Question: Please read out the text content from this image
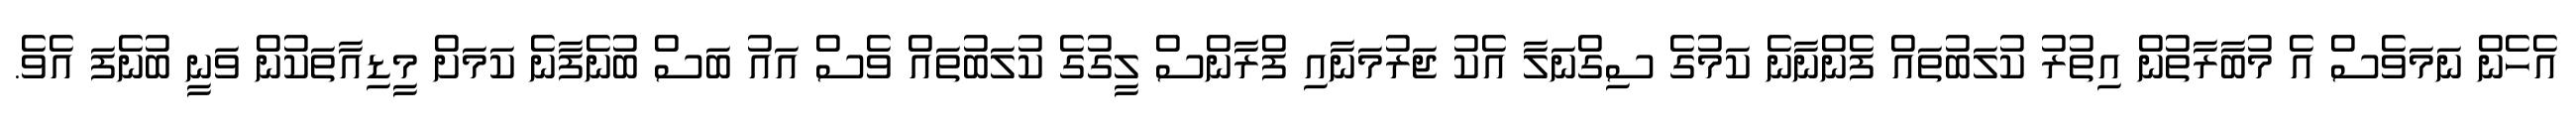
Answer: އެހެން ނަމަވެސް އެ މުބާރާތުން އިތުރު ކުލަބުތައް ފެންނާނެ ކަމުގެ ސިގްނަލާ އެކު ޖަރުމަނާއި ފްރާންސް ލީގުގެ ކުލަބުތައް ވެސް އައު ބަސް ބުނެފާނެ ކަމަށް މީޑިއާތަކުން ވަނީ ބުނެފަ އެވެ.